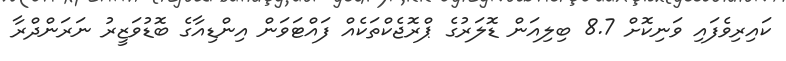
ކައިރިވެފައި ވަނިކޮށް 8.7 ބިލިއަން ޑޮލަރުގެ ޕްރޮޖެކްތަކެއް ފައްޓަވަން އިންޑިއާގެ ބޮޑުވަޒީރު ނަރަންދްރާ